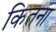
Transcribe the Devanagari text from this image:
कितना